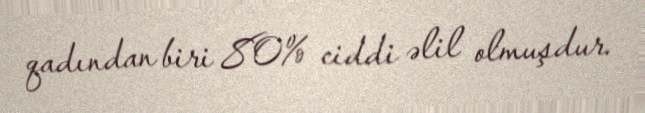
qadından biri 80% ciddi əlil olmuşdur.